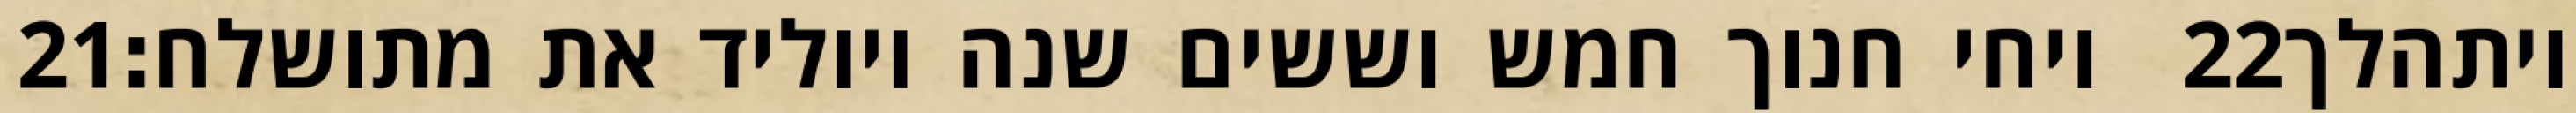
‎21‏ ויחי חנוך חמש וששים שנה ויוליד את מתושלח׃ ‎22‏ ויתהלך